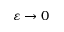
\varepsilon \to 0